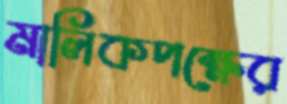
মালিকপক্ষের